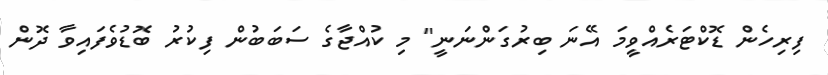
ފިރިހެން ޑޮކްޓަރެއްވީމަ އޭނަ ބިރުގަންނަނީ" މި ކުއްޖާގެ ސަބަބުން ފިކުރު ބޮޑުވެފައިވާ ދޮން